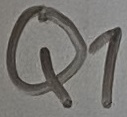
Text: Q1